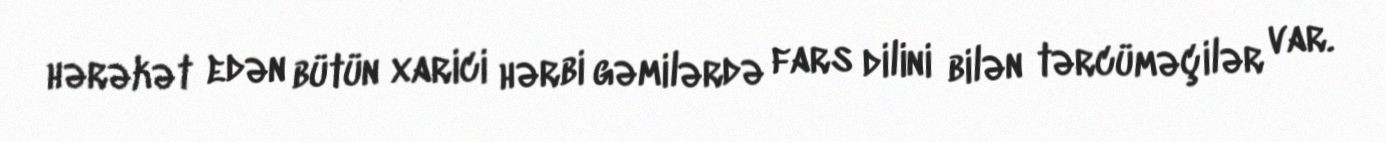
hərəkət edən bütün xarici hərbi gəmilərdə fars dilini bilən tərcüməçilər var.